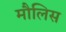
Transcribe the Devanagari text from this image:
मौलिस